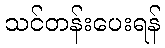
သင်တန်းပေးရန်